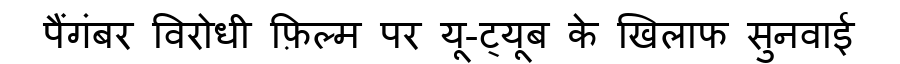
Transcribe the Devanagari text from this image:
पैंगंबर विरोधी फ़िल्म पर यू-ट्यूब के खिलाफ सुनवाई